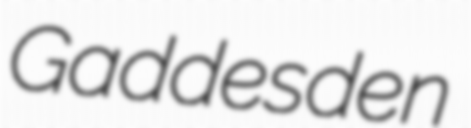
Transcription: Gaddesden